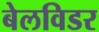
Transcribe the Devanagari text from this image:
बेलविडर